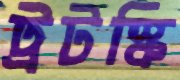
ট্রটস্কি